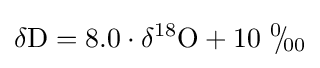
\delta {\ce {D}}=8.0\cdot \delta ^{18}{\ce {O}}+10\ {}^{0\!}\!/\!_{00}